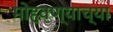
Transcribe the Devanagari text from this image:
मोहवण्याच्या